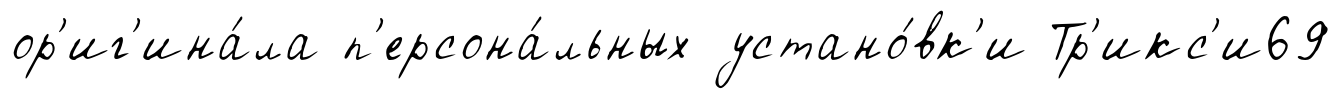
ор'иг'ина́ла п'ерсона́льных устано́вк'и Тр'икс'и69